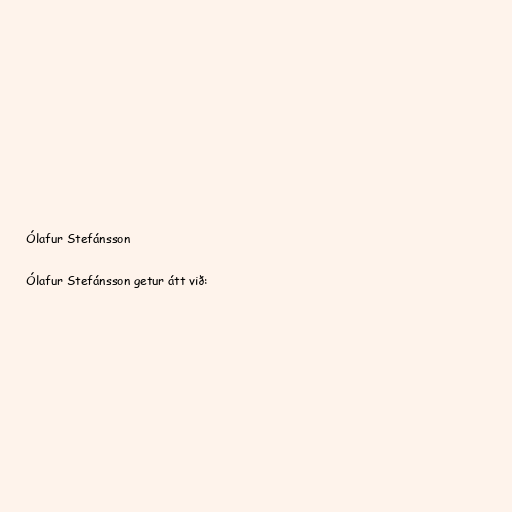
Ólafur Stefánsson

Ólafur Stefánsson getur átt við: